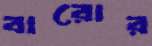
বারোর